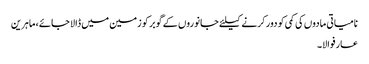
نامیاتی مادوں کی کمی کو دور کرنے کیلئے جانوروں کے گوبر کو زمین میں ڈالا جائے، ماہرین
عارفوالا۔